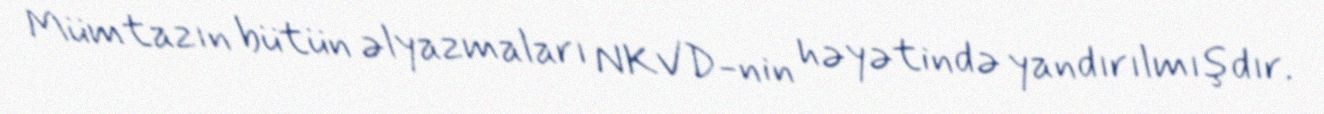
Mümtazın bütün əlyazmaları NKVD-nin həyətində yandırılmışdır.